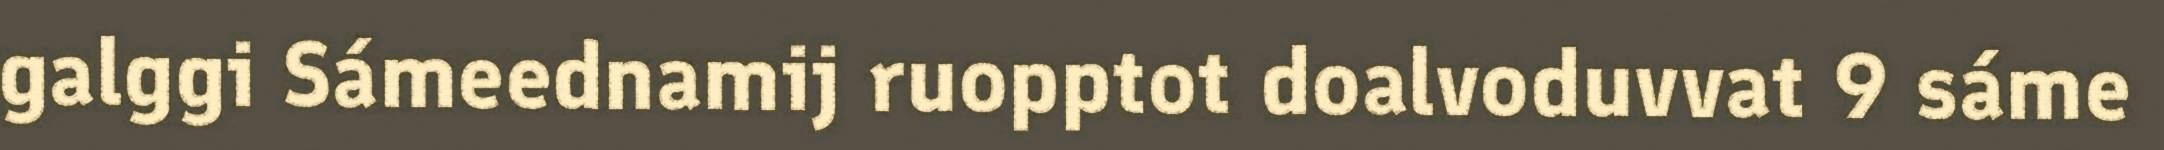
galggi Sámeednamij ruopptot doalvoduvvat 9 sáme